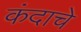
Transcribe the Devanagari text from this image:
कंदाचे